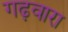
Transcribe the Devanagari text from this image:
गढ़वारा